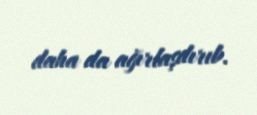
daha da ağırlaşdırıb.